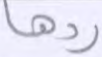
ردها